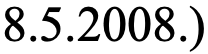
8.5.2008.)